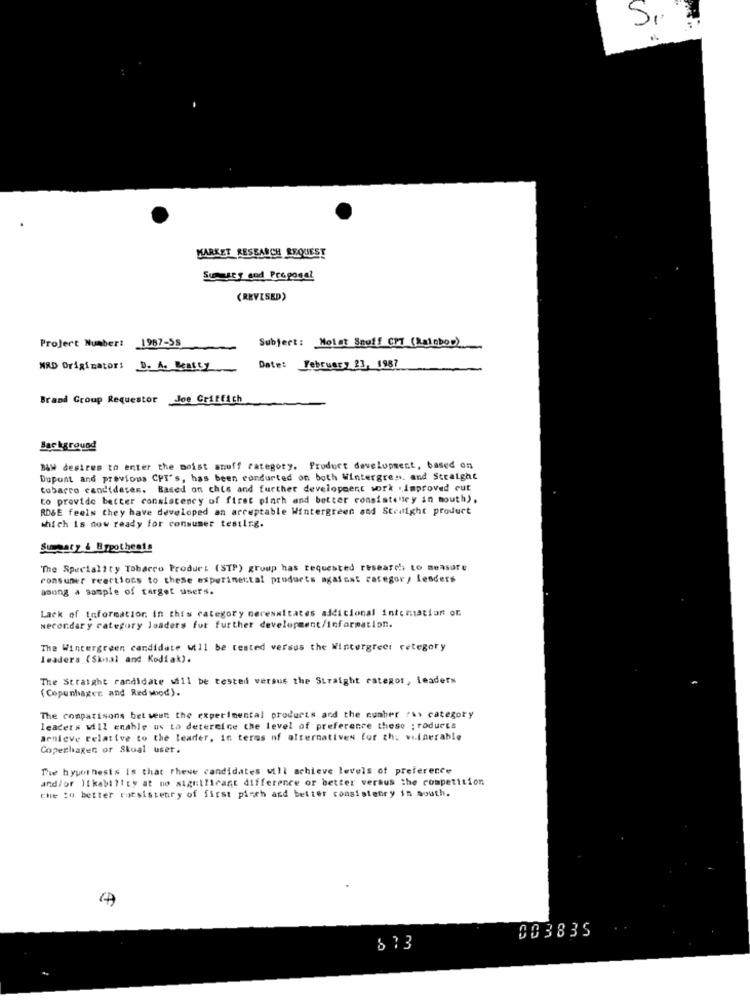
Si
MARKET RESEARCH REQUEST
Super god Proposal
(REVISED)
Subject: Moist Snuff CPT (Rainbow)
Project Number: 1987-58
HRD Originator: D. A. Katty
Date: February 23, 1987
Brand Group Requestor Joe Criffich
Background
B&w desires to enter the moist snuff category. Product development, based on
Dupont and previous CPT's, has been rondurted on both Wintergress. and Straight
tobarro candidater. Based on chis and further development work .improved cut
to provide better consistency of first pinch and better consistency in mouth),
RDSE feels they have developed an acceptable Wintergreen and Straight product
which is now ready for consumer testing.
Susgary & Hypothesis
The Speciality Tobacco Produr: (STP) group has requested research to measure
consumer reactions to these experimental products against category lenders
among a sample of target users.
Lack of information in this category meresultates additional intemation or
Necondary category loaders for further development/information.
The Wintergreen candidate will be tested versus the Wintergreet cetegory
leaders (Skmal and Kodiak).
The Straight candidate will be tested versus the Straight categor, leaders
(Copenhagen and Redwood).
The comparisons between the experimental products and the number "s> category
leaders will enable us ta detercice the level of preference these ; roducts
Benleve relative to the leader, in terms of alternativen for th, vitnerable
Copenhagen or Skoal user.
The hypothesis is that these candidates will achieve levels of preference
and/or likability at no significant difference or better versus the competition
che :0 better ryesistenry of first pisch and better consistenry in south.
003835